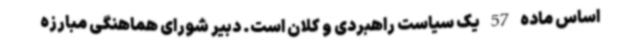
اساس ماده 57 یک سیاست راهبردی و کلان است. دبیر شورای هماهنگی مبارزه